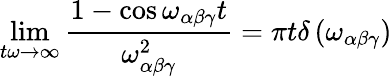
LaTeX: \operatorname*{lim}_{t\omega\rightarrow\infty}\frac{1-\cos\omega_{\alpha\beta\gamma}t}{\omega_{\alpha\beta\gamma}^{2}}=\pi t\delta\left(\omega_{\alpha\beta\gamma}\right)